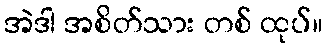
အဲဒါ အစိတ်သား တစ် ထုပ်။